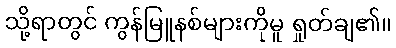
သို့ရာတွင် ကွန်မြူနစ်များကိုမူ ရှုတ်ချ၏။